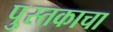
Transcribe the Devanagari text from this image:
पु्स्तकाचा